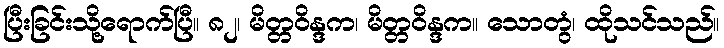
ပြီးခြင်းသို့ရောက်ပြီ။ ၈၂၊ မိတ္တဝိန္ဒက၊ မိတ္တဝိန္ဒက။ သောတွံ၊ ထိုသင်သည်။